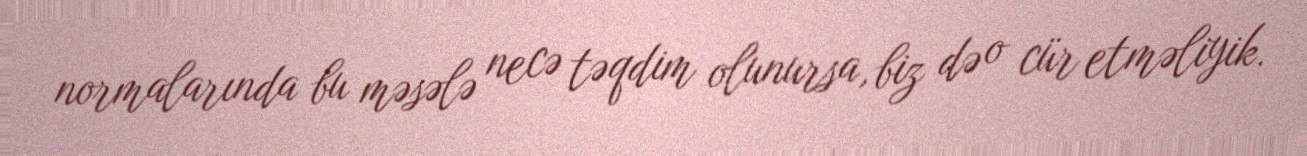
normalarında bu məsələ necə təqdim olunursa, biz də o cür etməliyik.